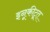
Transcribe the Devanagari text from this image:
इनूकीटूत्